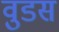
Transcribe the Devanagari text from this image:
वुडस